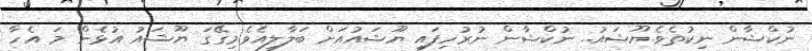
ނުކްޝާން ނިކުތެވެ.ޔޫޝައު.. ނުކްޝާން ނުރުހިފައި ޔޫޝައުއަށް ބަލާލިއެވެ.މިގޭގަ ޔޫޝައު އުޅެން މަ އެހާ